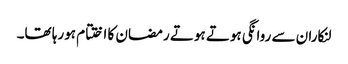
لنکاران سے روانگی ہوتے ہوتے رمضان کا اختتام ہورہا تھا۔